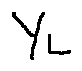
y _ { L }